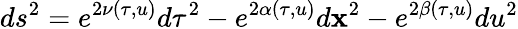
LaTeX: ds^{2}=e^{2\nu(\tau,u)}d\tau^{2}-e^{2\alpha(\tau,u)}d{\mathbf x}^{2}-e^{2\beta(\tau,u)}du^{2}